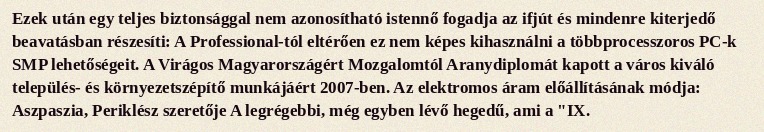
Ezek után egy teljes biztonsággal nem azonosítható istennő fogadja az ifjút és mindenre kiterjedő beavatásban részesíti: A Professional-tól eltérően ez nem képes kihasználni a többprocesszoros PC-k SMP lehetőségeit. A Virágos Magyarországért Mozgalomtól Aranydiplomát kapott a város kiváló település- és környezetszépítő munkájáért 2007-ben. Az elektromos áram előállításának módja: Aszpaszia, Periklész szeretője A legrégebbi, még egyben lévő hegedű, ami a "IX.